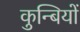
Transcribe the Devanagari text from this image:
कुन्बियों